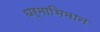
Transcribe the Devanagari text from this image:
धर्माभिमान